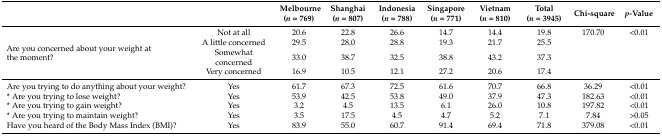
|  |  | Melbourne (n = 769) | Shanghai (n = 807) | Indonesia (n = 788) | Singapore (n = 771) | Vietnam (n = 810) | Total (n = 3945) | Chi-square | p-Value |
 | --- | --- | --- | --- | --- | --- | --- | --- | --- | --- |
 | <ROWSPAN=4> Are you concerned about your weight at the moment? | Not at all | 20.6 | 22.8 | 26.6 | 14.7 | 14.4 | 19.8 | 170.70 | <0.01 |
 | A little concerned | 29.5 | 28.0 | 28.8 | 19.3 | 21.7 | 25.5 |  |  |
 | Somewhat concerned | 33.0 | 38.7 | 32.5 | 38.8 | 43.2 | 37.3 |  |  |
 | Very concerned | 16.9 | 10.5 | 12.1 | 27.2 | 20.6 | 17.4 |  |  |
 | Are you trying to do anything about your weight? | Yes | 61.7 | 67.3 | 72.5 | 61.6 | 70.7 | 66.8 | 36.29 | <0.01 |
 | * Are you trying to lose weight? | Yes | 53.9 | 42.5 | 53.8 | 49.0 | 37.9 | 47.3 | 182.63 | <0.01 |
 | * Are you trying to gain weight? | Yes | 3.2 | 4.5 | 13.5 | 6.1 | 26.0 | 10.8 | 197.82 | <0.01 |
 | * Are you trying to maintain weight? | Yes | 3.5 | 17.5 | 4.5 | 4.7 | 5.2 | 7.1 | 7.84 | >0.05 |
 | Have you heard of the Body Mass Index (BMI)? | Yes | 83.9 | 55.0 | 60.7 | 91.4 | 69.4 | 71.8 | 379.08 | <0.01 |